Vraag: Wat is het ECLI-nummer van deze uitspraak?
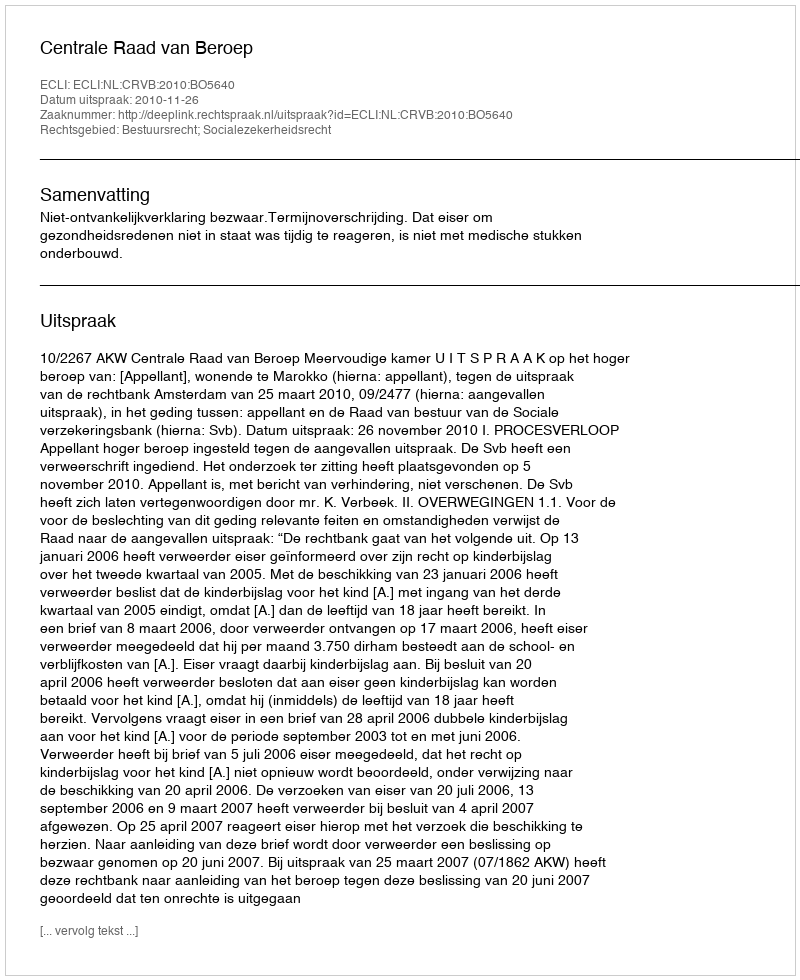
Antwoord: ECLI:NL:CRVB:2010:BO5640